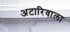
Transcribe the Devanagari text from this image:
अटारिवाला